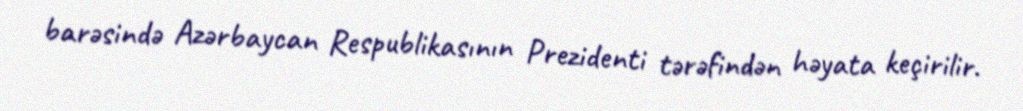
barəsində Azərbaycan Respublikasının Prezidenti tərəfindən həyata keçirilir.